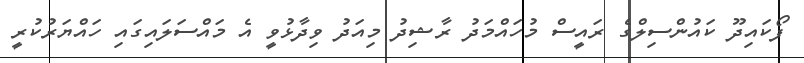
ފޯކައިދޫ ކައުންސިލްގެ ރައީސް މުހައްމަދު ރާޝިދު މިއަދު ވިދާޅުވީ އެ މައްސަލައިގައި ހައްޔަރުކުރީ